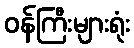
ဝန်ကြီးများရုံး